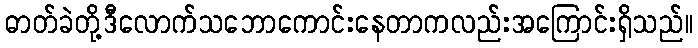
ဓာတ်ခဲတို့ဒီလောက်သဘောကောင်းနေတာကလည်းအကြောင်းရှိသည်။